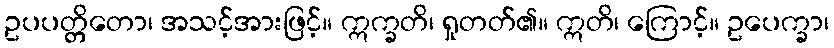
ဥပပတ္တိတော၊ အသင့်အားဖြင့်။ ဣက္ခတိ၊ ရှုတတ်၏။ ဣတိ၊ ကြောင့်။ ဥပေက္ခာ၊